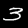
Digit: 3